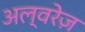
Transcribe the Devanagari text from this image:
अल्वरेज़